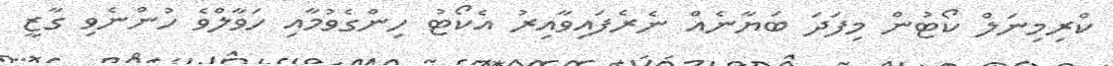
ކްރިމިނަލް ކޯޓުން މިފަދަ ބަޔާނެއް ނެރެފައިވާއިރު އެކޯޓު ހިންގެވުމާއި ހަވާލްވެ ހުންނެވި ގާޒީ